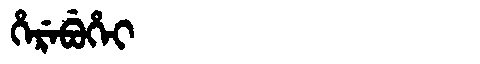
Manchu: ᡥᡝᡵᡝᠪᡠᡥᡝᡳ
Romanization: HEREBUHEI